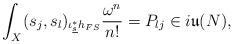
LaTeX: \begin{align*}\int_X(s_j,s_l)_{\iota_{\underline{s}}^*h_{FS}}\frac{\omega^n}{n!} = P_{lj} \in i\mathfrak{u}(N),\end{align*}